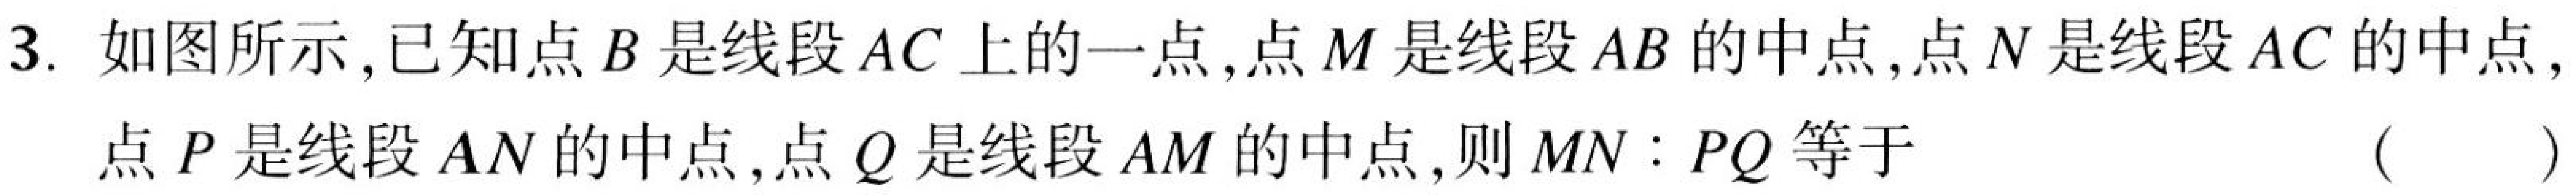
3. 如图所示,已知点\(B\)是线段\(AC\)上的一点,点\(M\)是线段\(AB\)的中点,点\(N\)是线段\(AC\)的中点,点\(P\)是线段\(AN\)的中点,点\(Q\)是线段\(AM\)的中点,则\(MN:PQ\)等于（ ）